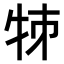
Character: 𤙂